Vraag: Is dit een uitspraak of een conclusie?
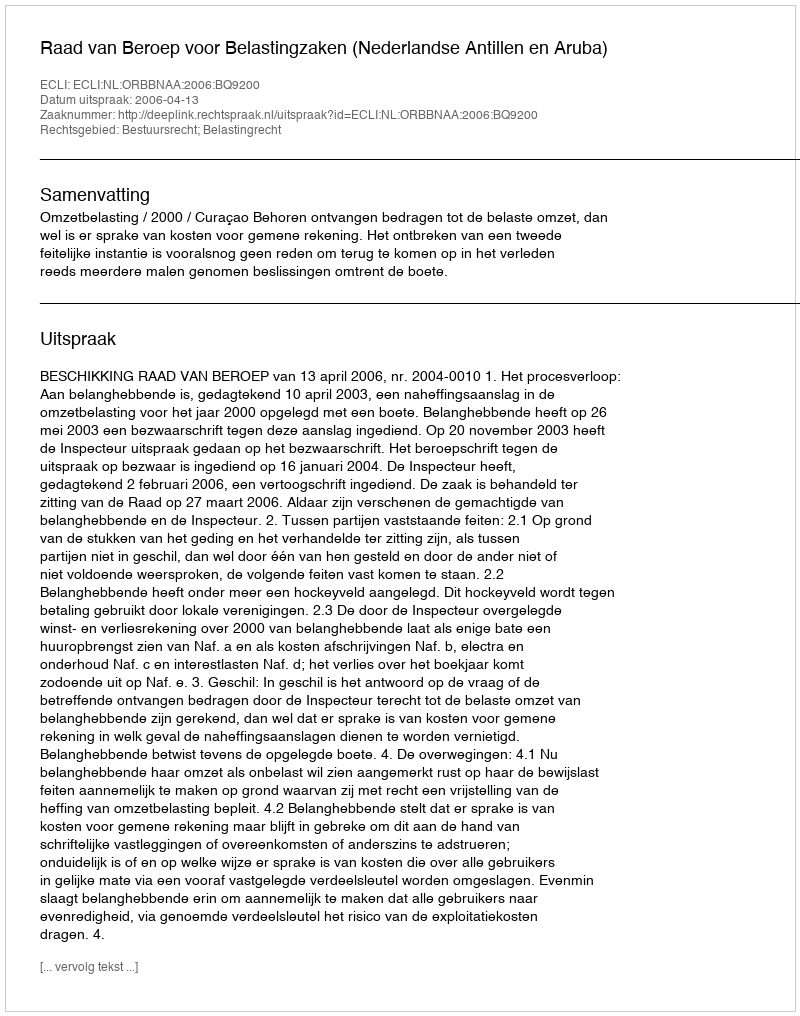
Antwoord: Uitspraak